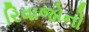
રિવાજોનો